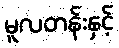
မူလတန်းနှင့်